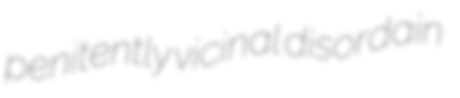
penitently vicinal disordain